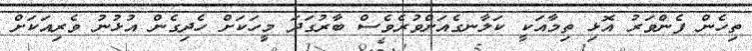
ތިހެން ފެންވަރު އޮޅި ތިމާއަކީ ކަލާނގެއަށްވުރެވެސް ބާރުގަދަ މީހަކަށް ހެދިގެން އުޅުނު ވެރިއަކަށް